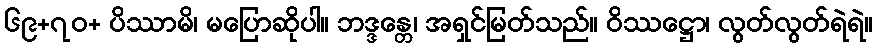
၆၉+၇ဝ+ ပိဿာမိ၊ မပြောဆိုပါ။ ဘဒ္ဒန္တေ၊ အရှင်မြတ်သည်။ ဝိဿဋ္ဌော၊ လွတ်လွတ်ရဲရဲ။